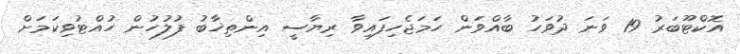
އޮކްޓޫބަރު 19 ވަނަ ދުވަހު ބާއްވަން ހަމަޖެހިފައިވާ ރިޔާސީ އިންތިޚާބު ފުލުހުން ހުއްޓުވިކަމަށް